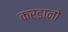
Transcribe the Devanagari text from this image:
करडानो